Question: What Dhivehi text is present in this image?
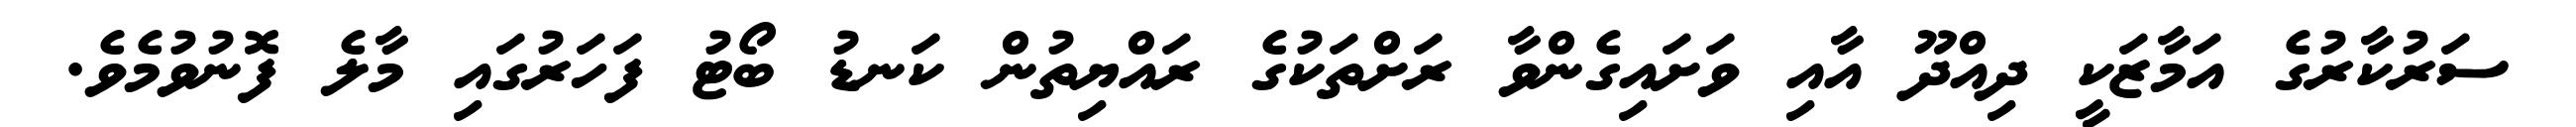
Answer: ސަރުކާރުގެ އަމާޒަކީ ދިއްދޫ އާއި ވަށައިގެންވާ ރަށްތަކުގެ ރައްޔިތުން ކަނޑު ބޯޓު ފަހަރުގައި މާލެ ފޮނުވުމެވެ.